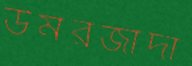
উমরজাদা